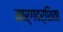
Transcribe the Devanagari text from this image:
मार्गदर्शिता